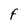
Character: f